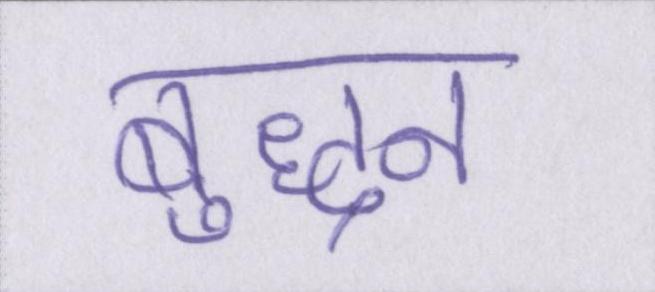
बुद्धन